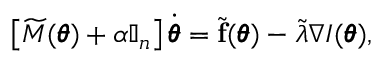
\left[ \widetilde M ( \pmb \theta ) + \alpha \mathbb I _ { n } \right] \dot { \pmb \theta } = \widetilde { \mathbf f } ( \pmb \theta ) - \widetilde \lambda \nabla I ( \pmb \theta ) ,